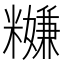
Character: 𥽎